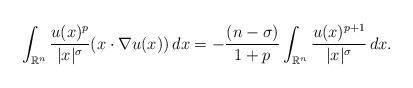
\begin{align*}\int_{\mathbb{R}^n} \frac{u(x)^p}{|x|^{\sigma}} (x\cdot \nabla u(x))\,dx = -\frac{(n-\sigma)}{1+p}\int_{\mathbb{R}^n} \frac{u(x)^{p+1}}{|x|^{\sigma}}\,dx.\end{align*}